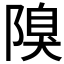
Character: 𨻬